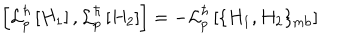
LaTeX: \left[ { \cal L } _ { p } ^ { \hbar } \left[ H _ { 1 } \right] , { \cal L } _ { p } ^ { \hbar } \left[ H _ { 2 } \right] \right] = - { \cal L } _ { p } ^ { \hbar } \left[ \{ H _ { 1 } , H _ { 2 } \} _ { \mathrm { m b } } \right]